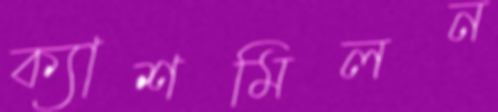
ক্যাশমিলন